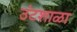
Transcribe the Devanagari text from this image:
उंटशाळा